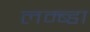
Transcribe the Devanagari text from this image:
लम्ब्डा